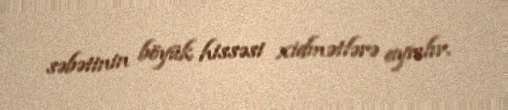
səbətinin böyük hissəsi xidmətlərə ayrılır.